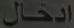
إدخال